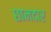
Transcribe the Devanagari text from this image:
छानदार